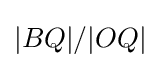
|BQ|/|OQ|